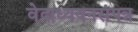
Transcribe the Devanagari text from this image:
वेदाध्ययनसंपन्न